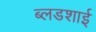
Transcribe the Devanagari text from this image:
ब्लडशाई